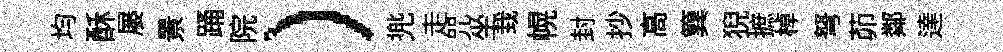
均酥屡㬌踊院）兠走咒坐㘽幌封抄高簨猊摭棹弩茆鄰達